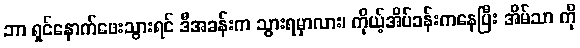
ဘာ ရှင်နောက်ဖေးသွားရင် ဒီအခန်းက သွားရမှာလား၊ ကိုယ့်အိပ်ခန်းကနေပြီး အိမ်သာ ကို